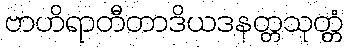
ဗာဟိရာတီတာဒိယဒနတ္တသုတ္တံ